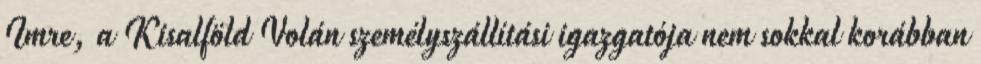
Imre, a Kisalföld Volán személyszállítási igazgatója nem sokkal korábban